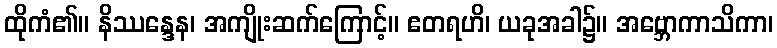
ထိုကံ၏။ နိဿန္ဒေန၊ အကျိုးဆက်ကြောင့်။ ဧတရဟိ၊ ယခုအခါ၌။ အဗ္ဘောကာသိကာ၊